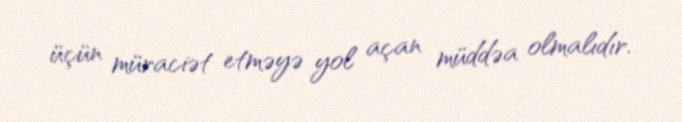
üçün müraciət etməyə yol açan müddəa olmalıdır.